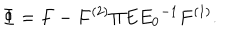
LaTeX: \Phi = F - F ^ { ( 2 ) } \Pi E { E _ { 0 } } ^ { - 1 } F ^ { ( 1 ) } .